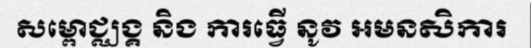
សម្ពោជ្ឈង្គ និង ការធ្វើ នូវ អមនសិការ